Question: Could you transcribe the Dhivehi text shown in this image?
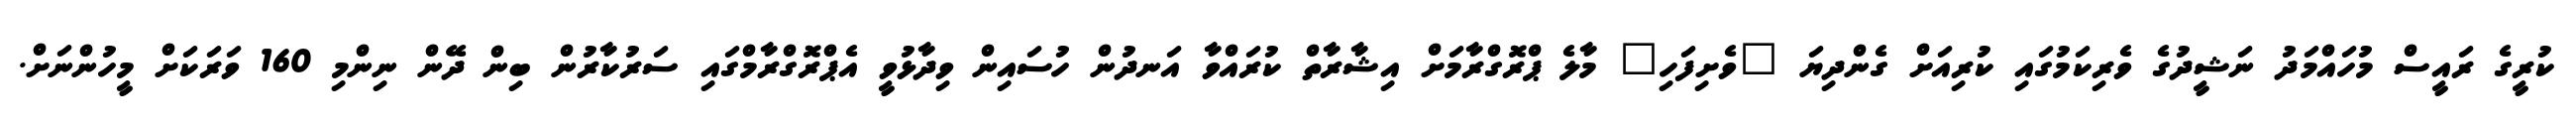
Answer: ކުރީގެ ރައީސް މުހައްމަދު ނަޝީދުގެ ވެރިކަމުގައި ކުރިއަށް ގެންދިޔަ "ވެށިފަހި" މާލެ ޕްރޮގްރާމަށް އިޝާރާތް ކުރައްވާ އަނދުން ހުސައިން ވިދާޅުވީ އެޕްރޮގްރާމްގައި ސަރުކާރުން ބިން ދޭން ނިންމި 160 ވަރަކަށް މީހުންނަށް.